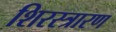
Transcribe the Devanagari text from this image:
शिरस्त्रारण